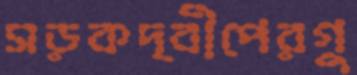
সড়কদ্বীপেরগু